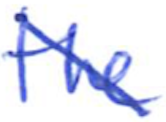
Text: the
Cross-out: diagonal
Writing tool: ballpoint